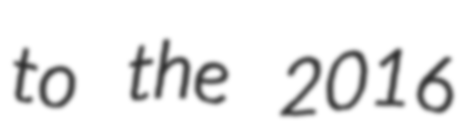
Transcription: to the 2016